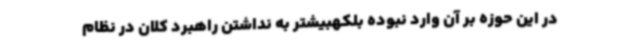
در این حوزه بر آن وارد نبوده بلکهبیشتر به نداشتن راهبرد کلان در نظام